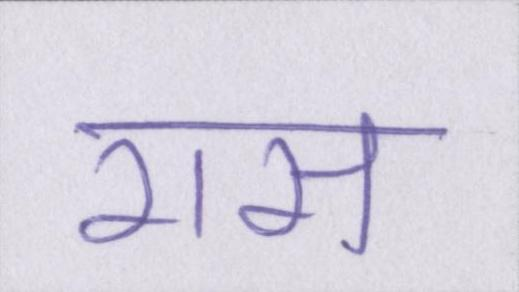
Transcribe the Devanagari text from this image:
रास